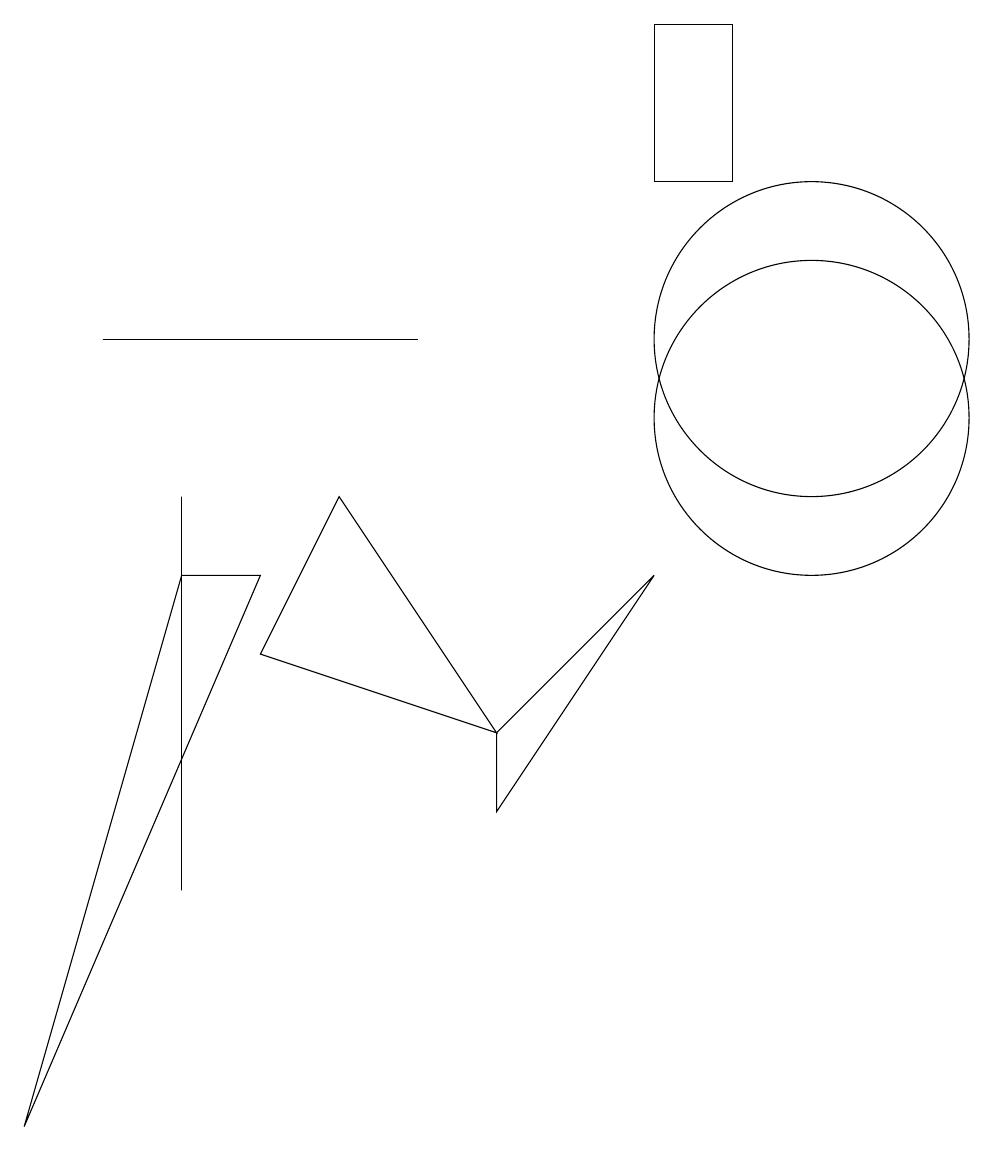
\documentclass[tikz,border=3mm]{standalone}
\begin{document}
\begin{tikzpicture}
\draw (2,4) -- (2,4) -- (2,9) -- cycle;
\draw (9,15) rectangle (8,13);
\draw (3,8) -- (0,1) -- (2,8) -- cycle;
\draw (10,10) circle (2);
\draw (10,11) circle (2);
\draw (8,8) -- (6,5) -- (6,6) -- cycle;
\draw (3,7) -- (6,6) -- (4,9) -- cycle;
\draw (1,11) rectangle (5,11);
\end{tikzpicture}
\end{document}